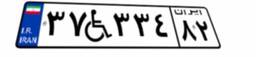
۳۷W۳۳۴۸۲